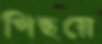
পিছয়ে